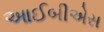
આઈબીએસ